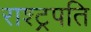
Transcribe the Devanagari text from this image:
राश्ट्रपति